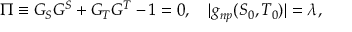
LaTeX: \Pi \equiv G _ { S } G ^ { S } + G _ { T } G ^ { T } - 1 = 0 , \quad | g _ { n p } ( S _ { 0 } , T _ { 0 } ) | = \lambda ,